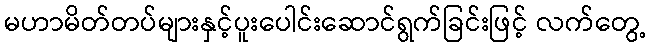
မဟာမိတ်တပ်များနှင့်ပူးပေါင်းဆောင်ရွက်ခြင်းဖြင့် လက်တွေ့